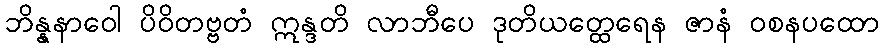
ဘိန္နနာဝေါ ပိဝိတဗ္ဗတံ ဣန္ဒတိ လာဘီပေ ဒုတိယတ္ထေရေန ဇာနံ ဝစနပထော